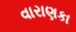
વારાણકા